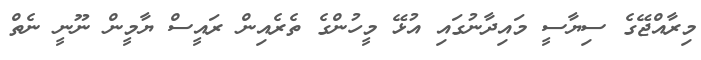
މިރާއްޖޭގެ ސިޔާސީ މައިދާނުގައި އުޅޭ މީހުންގެ ތެރެއިން ރައީސް ޔާމީން ނޫނީ ނެތް